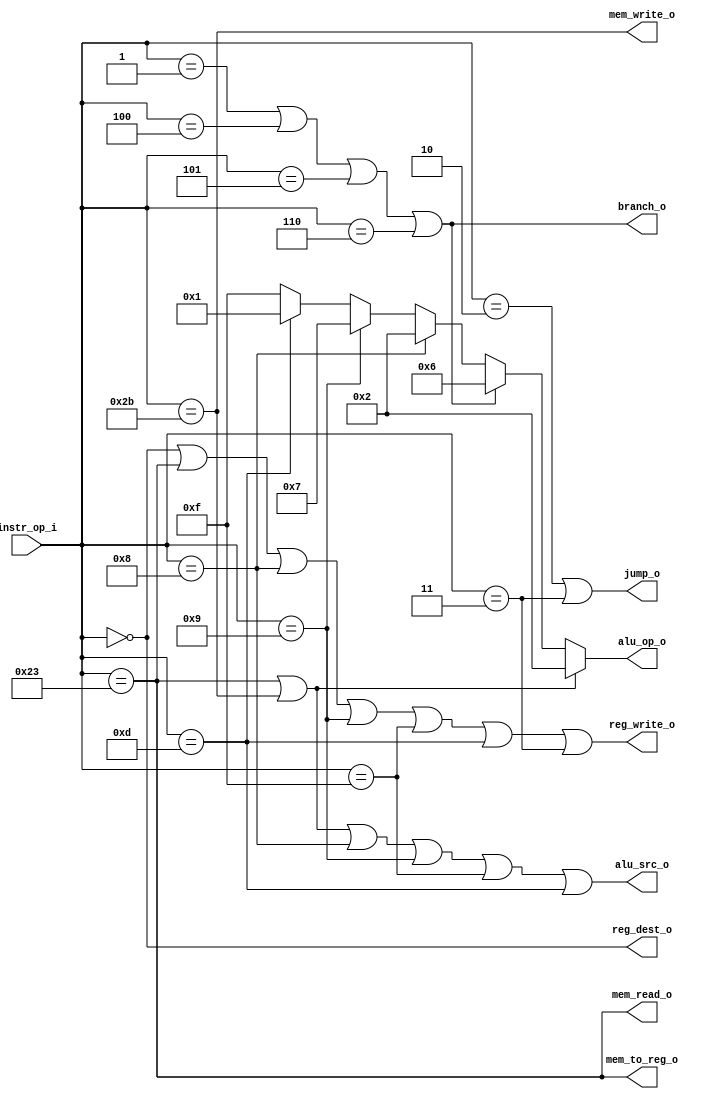
module Decoder (
	input [5:0] instr_op_i,
	output reg reg_write_o,
	output reg [3:0] alu_op_o,
	output reg alu_src_o,
	output reg reg_dest_o,
	output reg branch_o,
	output reg mem_to_reg_o,
	output reg mem_read_o,
	output reg mem_write_o,
	output reg jump_o
);

always @(*) begin
	reg_write_o = (instr_op_i == 0  || instr_op_i == 35 || instr_op_i == 8 || instr_op_i == 9 ||
	               //    ALU Instr                   LW               ADDI              SLTIU
	               instr_op_i == 15 || instr_op_i == 13 || instr_op_i == 3);
	               //           LUI                 ORI                JAL

	alu_op_o  = (instr_op_i == 35 || instr_op_i == 43 ? 2 : // LW or SW -> Add
	            (instr_op_i == 1  || instr_op_i == 4 || instr_op_i == 5 || instr_op_i == 6 ? 6 :
	                                                        // Branch Instr -> Sub
	            (instr_op_i == 8  ? 2  :                    // ADDI -> Add
	            (instr_op_i == 9  ? 7  :                    // SLTIU -> Set Less Than
	            (instr_op_i == 13 ? 1  :                    // ORI -> Or
	            (instr_op_i == 15 ? 15 :                    // LUI -> Shift Left
	             15))))));                                  // Others -> Check Function Code

	alu_src_o = (instr_op_i == 35 || instr_op_i == 43 || instr_op_i == 8 || instr_op_i == 9 ||
	             //            LW                  SW               ADDI              SLTIU
	             instr_op_i == 15 || instr_op_i == 13);
	             //           LUI                 ORI

	reg_dest_o   = (instr_op_i == 0);                       // ALU Instr
	branch_o     = (instr_op_i == 1 || instr_op_i == 4 || instr_op_i == 5 || instr_op_i == 6);
	                                                        // Branch Instr
	mem_to_reg_o = (instr_op_i == 35);                      // LW
	mem_read_o   = (instr_op_i == 35);                      // LW
	mem_write_o  = (instr_op_i == 43);                      // SW
	jump_o       = (instr_op_i == 2 || instr_op_i == 3);    // J or JAL
end

endmodule